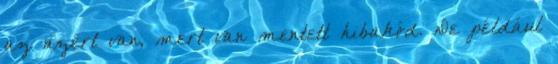
az azért van, mert van mentett hibakód. De például